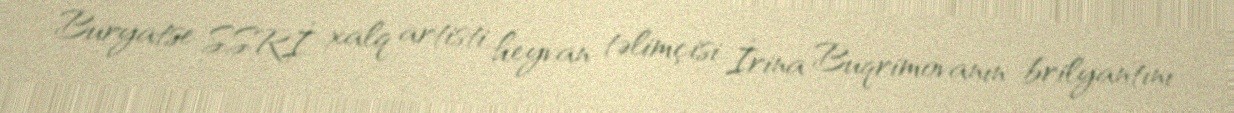
Buryatse SSRİ xalq artisti, heyvan təlimçisi İrina Buqrimovanın brilyantını